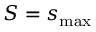
S = s _ { \mathrm { m a x } }